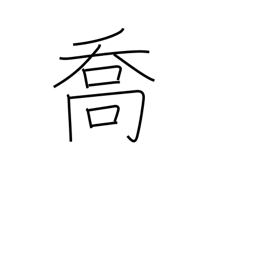
Meaning: boasting